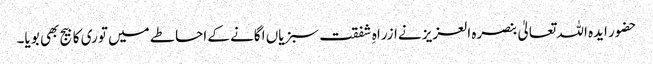
حضور ایدہ اللہ تعالیٰ بنصرہ العزیز نےازراہِ شفقت سبزیاں اگانے کے احاطے میں توری کا بیج بھی بویا۔